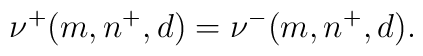
\nu^+(m, n^+,d)= \nu^-(m,n^+ ,d).